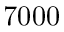
7 0 0 0